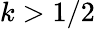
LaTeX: k>1/2